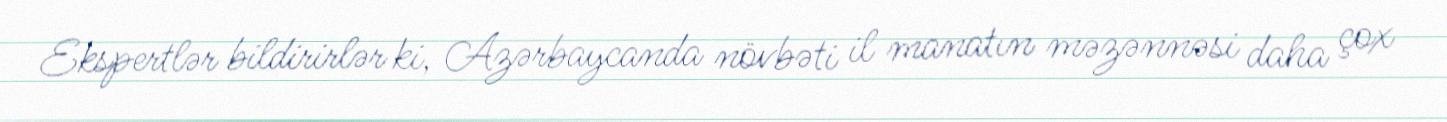
Ekspertlər bildirirlər ki, Azərbaycanda növbəti il manatın məzənnəsi daha çox